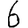
Digit: 6